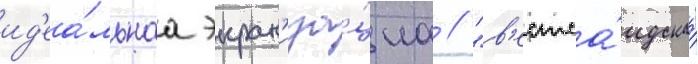
ид'еа́льнаа экран'иза́циа // "в'естса́идскаа